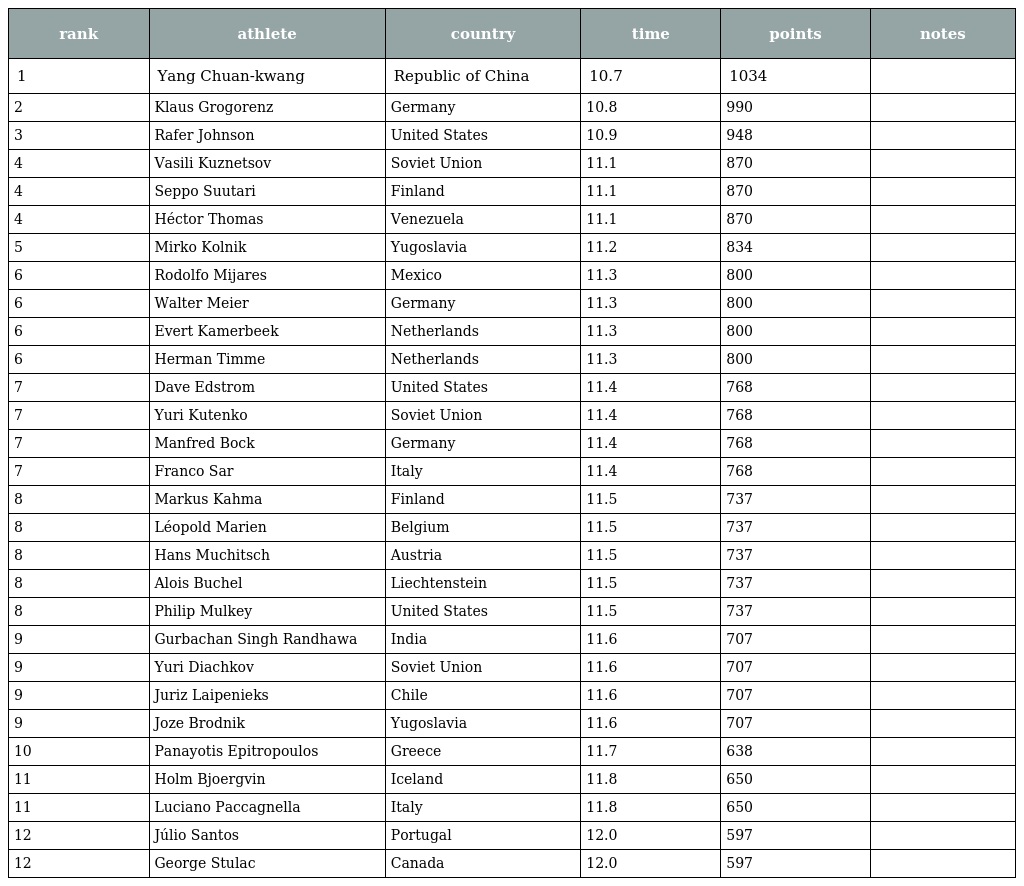
| rank | athlete | country | time | points | notes |
 | --- | --- | --- | --- | --- | --- |
 | 1 | Yang Chuan-kwang | Republic of China | 10.7 | 1034 |  |
 | 2 | Klaus Grogorenz | Germany | 10.8 | 990 |  |
 | 3 | Rafer Johnson | United States | 10.9 | 948 |  |
 | 4 | Vasili Kuznetsov | Soviet Union | 11.1 | 870 |  |
 | 4 | Seppo Suutari | Finland | 11.1 | 870 |  |
 | 4 | Héctor Thomas | Venezuela | 11.1 | 870 |  |
 | 5 | Mirko Kolnik | Yugoslavia | 11.2 | 834 |  |
 | 6 | Rodolfo Mijares | Mexico | 11.3 | 800 |  |
 | 6 | Walter Meier | Germany | 11.3 | 800 |  |
 | 6 | Evert Kamerbeek | Netherlands | 11.3 | 800 |  |
 | 6 | Herman Timme | Netherlands | 11.3 | 800 |  |
 | 7 | Dave Edstrom | United States | 11.4 | 768 |  |
 | 7 | Yuri Kutenko | Soviet Union | 11.4 | 768 |  |
 | 7 | Manfred Bock | Germany | 11.4 | 768 |  |
 | 7 | Franco Sar | Italy | 11.4 | 768 |  |
 | 8 | Markus Kahma | Finland | 11.5 | 737 |  |
 | 8 | Léopold Marien | Belgium | 11.5 | 737 |  |
 | 8 | Hans Muchitsch | Austria | 11.5 | 737 |  |
 | 8 | Alois Buchel | Liechtenstein | 11.5 | 737 |  |
 | 8 | Philip Mulkey | United States | 11.5 | 737 |  |
 | 9 | Gurbachan Singh Randhawa | India | 11.6 | 707 |  |
 | 9 | Yuri Diachkov | Soviet Union | 11.6 | 707 |  |
 | 9 | Juriz Laipenieks | Chile | 11.6 | 707 |  |
 | 9 | Joze Brodnik | Yugoslavia | 11.6 | 707 |  |
 | 10 | Panayotis Epitropoulos | Greece | 11.7 | 638 |  |
 | 11 | Holm Bjoergvin | Iceland | 11.8 | 650 |  |
 | 11 | Luciano Paccagnella | Italy | 11.8 | 650 |  |
 | 12 | Júlio Santos | Portugal | 12.0 | 597 |  |
 | 12 | George Stulac | Canada | 12.0 | 597 |  |